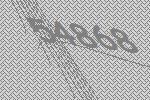
54868